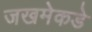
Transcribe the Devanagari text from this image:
जखमेकडे